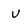
Character: V